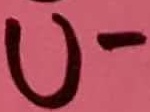
Text: U-